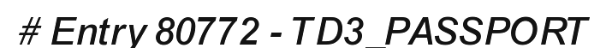
# Entry 80772 - TD3_PASSPORT